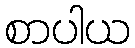
စာပါယ